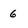
Character: 6